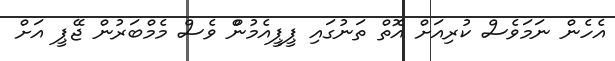
އެހެން ނަމަވެސް ކުރިއަށް އޮތް ތަނުގައި ޕީޕީއެމުންް ވެސް މެމްބަރުން ޖޭޕީ އަށް